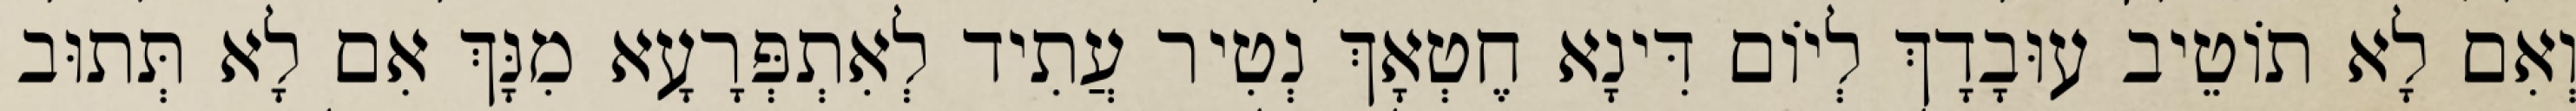
וְאִם לָא תוֹטֵיב עוּבָדָךְ לְיוֹם דִּינָא חֶטְאָךְ נְטִיר עֲתִיד לְאִתְפְּרָעָא מִנָּךְ אִם לָא תְּתוּב